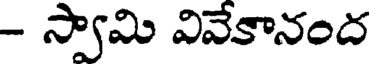
- స్వామి వివేకానంద